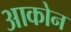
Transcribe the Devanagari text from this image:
आकोन